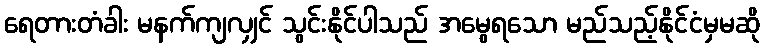
ရေတားတံခါး မနက်ကျလျှင် သွင်းနိုင်ပါသည် အမွေရသော မည်သည့်နိုင်ငံမှမဆို